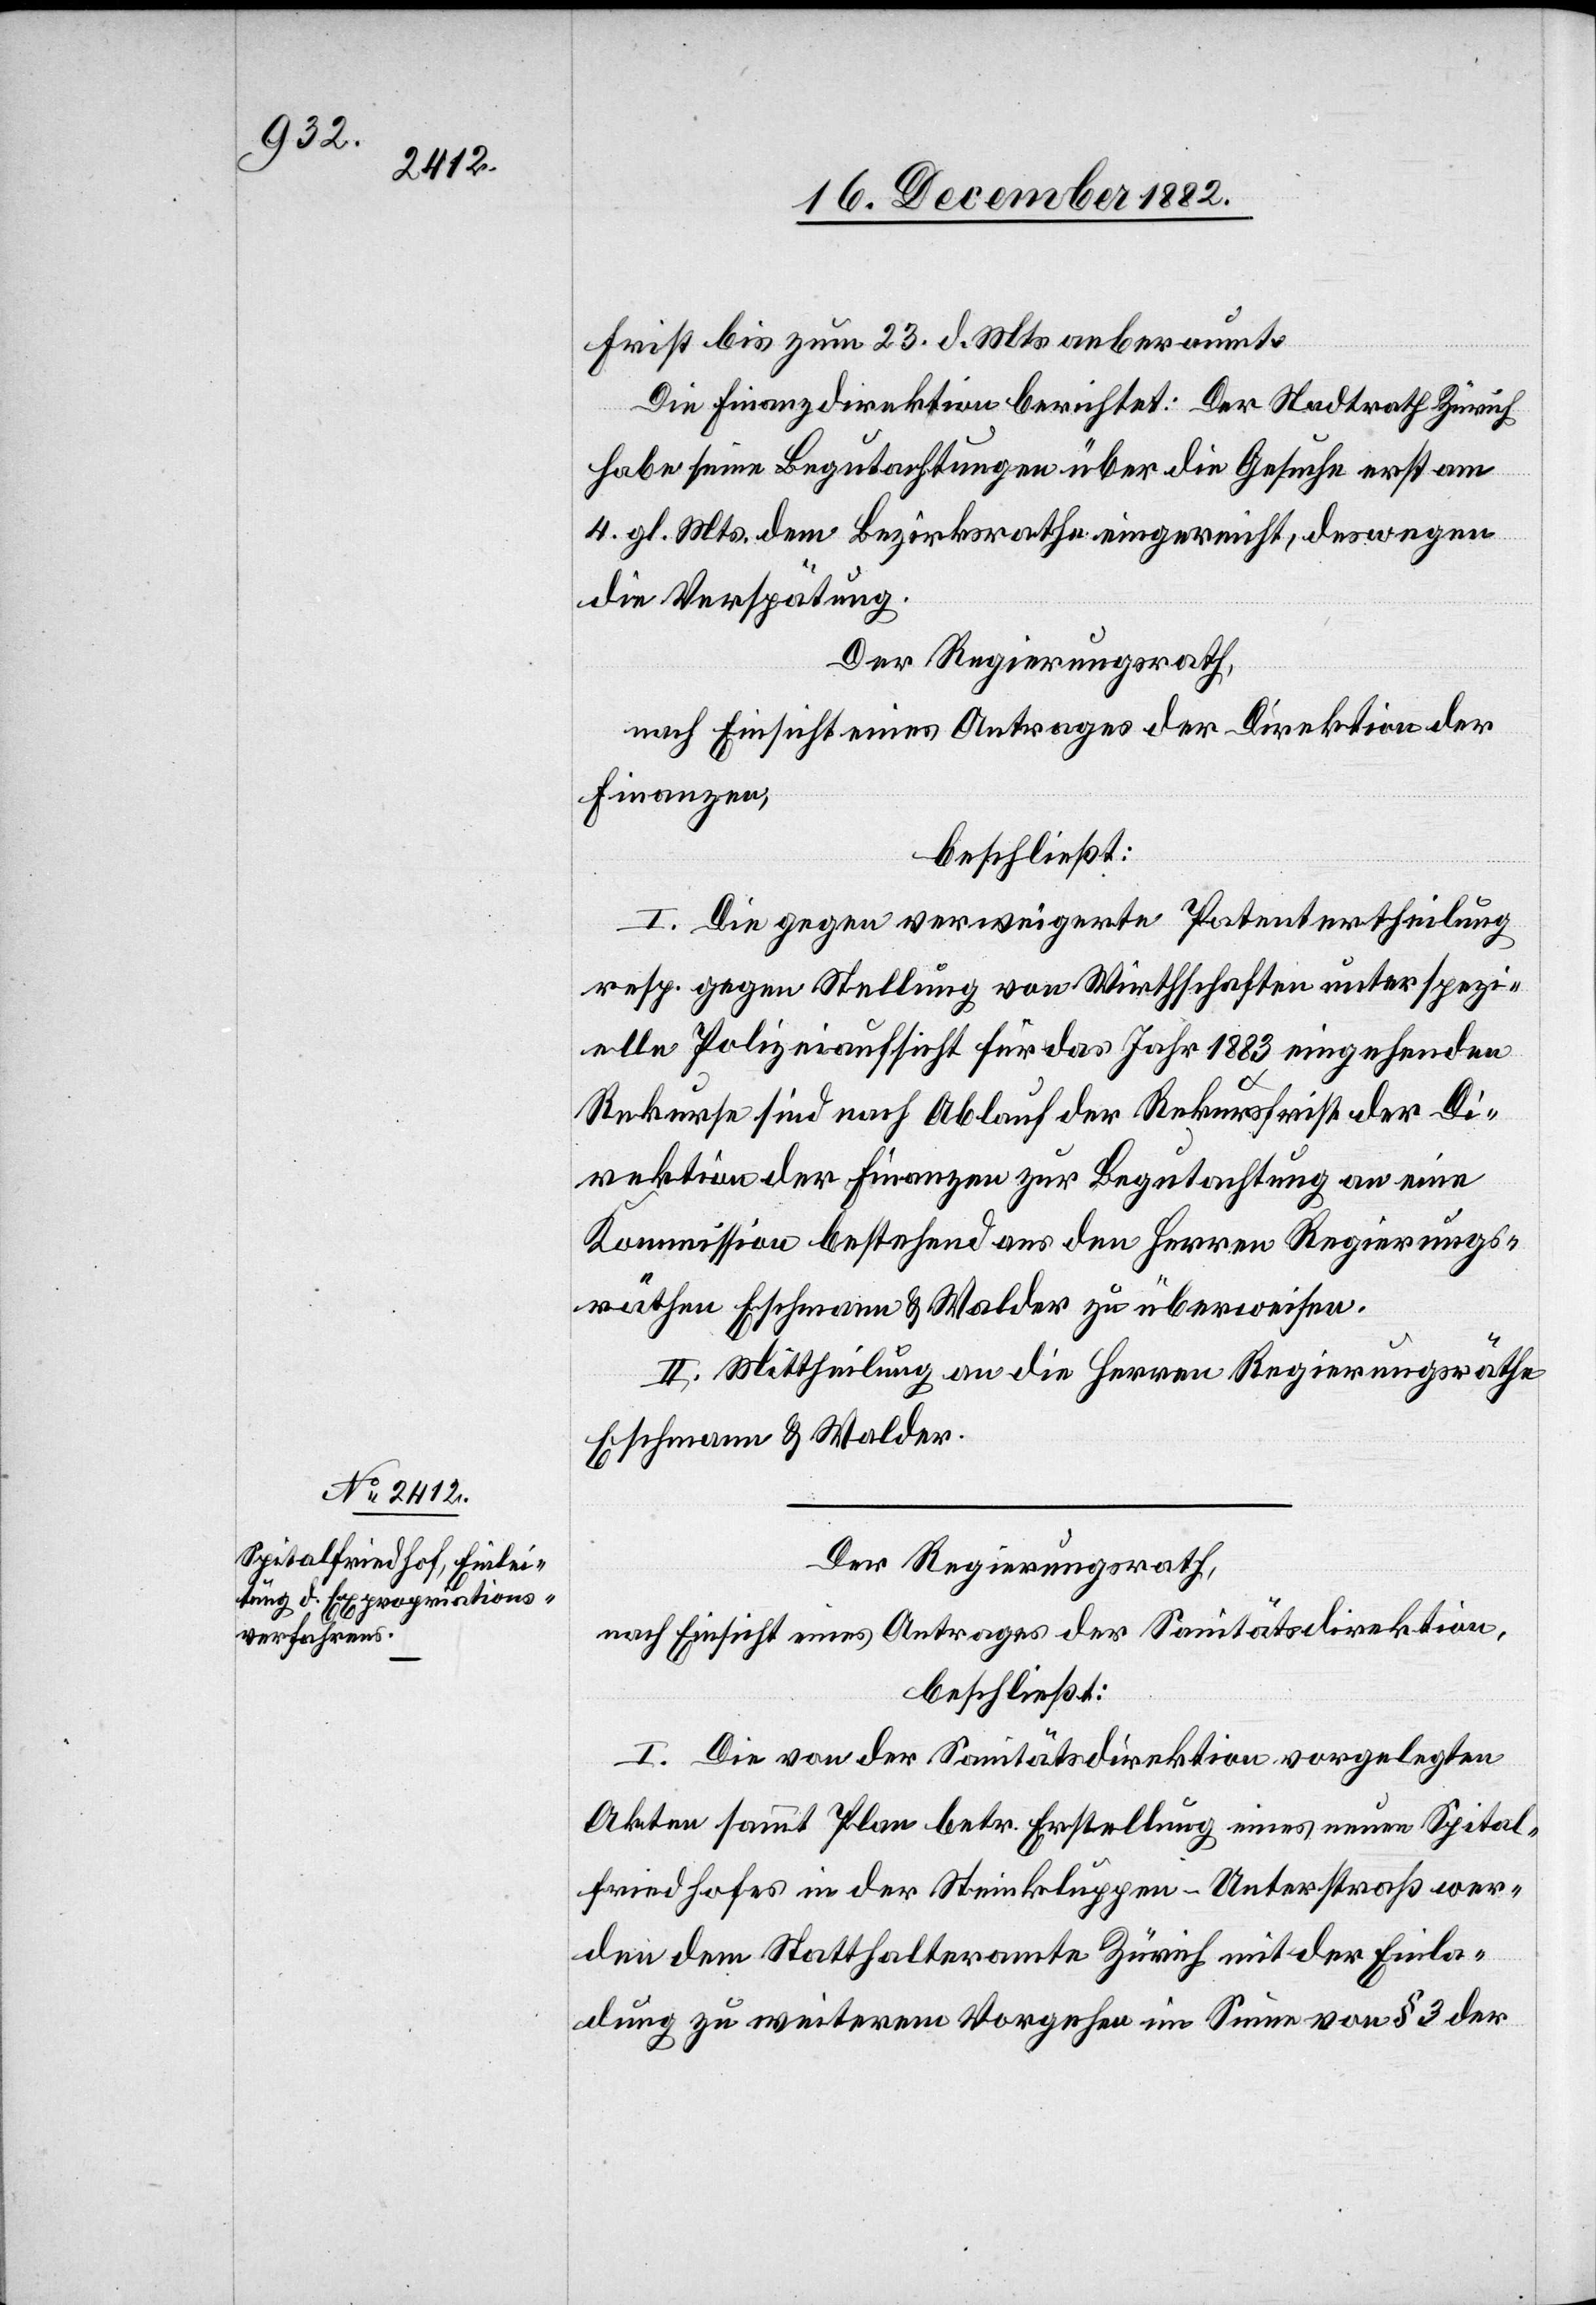
Frist bis zum 23. d. Mts. anberaumt.
Die Finanzdirektion berichtet: Der Stadtrath Zürich
habe seine Begutachtungen über die Gesuche erst am
4. gl. Mts. dem Bezirksrathe eingereicht, deswegen
die Verspätung.
Der Regierungsrath,
nach Einsicht eines Antrages der Direktion der
Finanzen,
beschließt:
I. Die gegen verweigerte Patentertheilung
resp. gegen Stellung von Wirthschaften unter spezi¬
elle Polizeiaufsicht für das Jahr 1883 eingehenden
Rekurse sind nach Ablauf der Rekursfrist der Di¬
rektion der Finanzen zur Begutachtung an eine
Kommission bestehend aus den Herren Regierungs¬
räthen Eschmann & Walder zu überweisen.
II. Mittheilung an die Herren Regierungsräthe
Eschmann & Walder.
Der Regierungsrath,
nach Einsicht eines Antrages der Sanitätsdirektion,
beschließt:
I. Die von der Sanitätsdirektion vorgelegten
Akten sammt Plan betr. Erstellung eines neuen Spital¬
friedhofes in der Steinkluppen - Unterstraß wer¬
den dem Statthalteramte Zürich mit der Einla¬
dung zu weiterem Vorgehen im Sinne von § 3 der